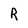
Character: R